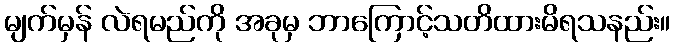
မျက်မှန် လဲရမည်ကို အခုမှ ဘာကြောင့်သတိထားမိရသနည်း။